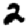
Digit: 2